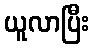
ယူလာပြီး